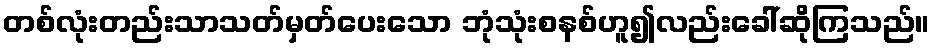
တစ်လုံးတည်းသာသတ်မှတ်ပေးသော ဘုံသုံးစနစ်ဟူ၍လည်းခေါ်ဆိုကြသည်။